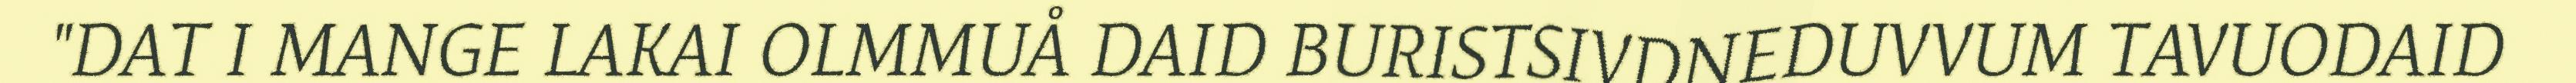
"DAT I MANGE LAKAI OLMMUÅ DAID BURISTSIVDNEDUVVUM TAVUODAID